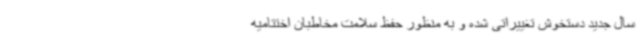
سال جدید دستخوش تغییراتی شده و به منظور حفظ سلامت مخاطبان اختتامیه